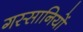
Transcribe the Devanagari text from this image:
गस्सानियों